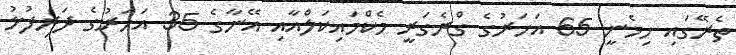
ތެރޭގައި ހިމެނީ 65 އަހަރުގެ ގްރެގަރީ މެކްމައިކަލްއާއި އޭނާގެ 35 އަހަރުގެ ދަރިފުޅު